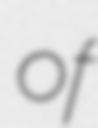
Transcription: of